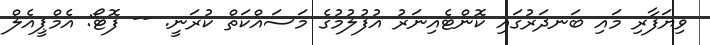
ވިޔަފާރި މައި ބަނދަރުގައި ކޮންޓެއިނަރު އުފުލުމުގެ މަސައްކަތް ކުރަނީ. -- ފޮޓޯ: އެމްޕީއެލް